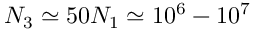
N _ { 3 } \simeq 5 0 N _ { 1 } \simeq 1 0 ^ { 6 } - 1 0 ^ { 7 }